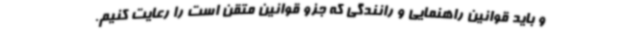
و باید قوانین راهنمایی و رانندگی که جزو قوانین متقن است را رعایت کنیم.